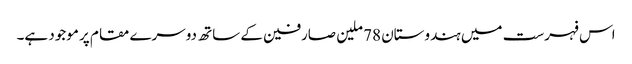
اس فہرست میں ہندوستان 78 ملین صارفین کے ساتھ دوسرے مقام پر موجود ہے۔